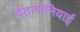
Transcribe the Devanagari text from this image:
पैतागोनियाई